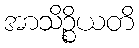
အာသိဉ္စိယတိ